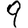
Digit: 9